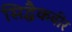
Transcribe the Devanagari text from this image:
सिद्धैकवीर